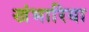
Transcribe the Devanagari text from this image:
खंभारिया